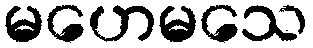
မဟေမသေ